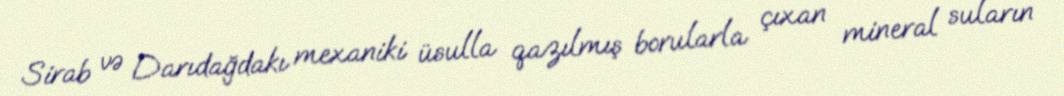
Sirab və Darıdağdakı mexaniki üsulla qazılmış borularla çıxan mineral suların